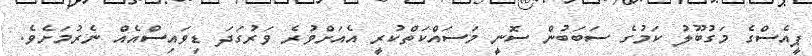
ޕީއެސްގެ މަގުބޫލު ކަމުގެ ސަބަބުން ސޮނީ މަސައްކަތްކުރީ އެއަށްވުރެ ވަރުގަދަ ޑިވައިސްއެއް ނެރުމަށެވެ.